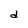
Character: d